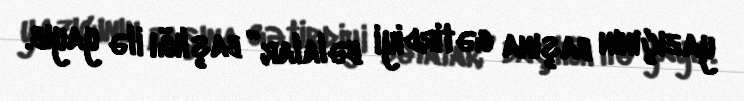
yazıçının başına gətirdiyi bəlalar” başlığı ilə yayıb.